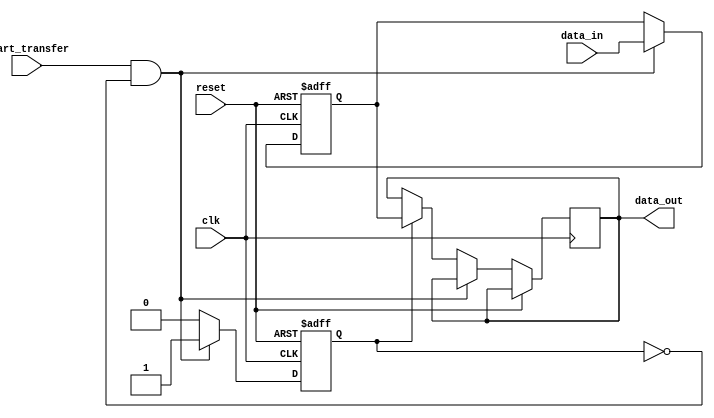
module ahb_controller(
    input wire clk,
    input wire reset,
    input wire start_transfer,
    input wire [7:0] data_in,
    output reg [7:0] data_out
);

reg [7:0] data_buffer;
reg transfer_in_progress;

always @(posedge clk or posedge reset) begin
    if (reset) begin
        data_buffer <= 8'b0;
        transfer_in_progress <= 0;
    end else begin
        if (start_transfer && !transfer_in_progress) begin
            data_buffer <= data_in;
            transfer_in_progress <= 1;
        end else if (transfer_in_progress) begin
            // Perform data transfer operations here
            data_out <= data_buffer;
            transfer_in_progress <= 0;
        end
    end
end

endmodule